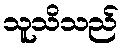
သူသိသည်